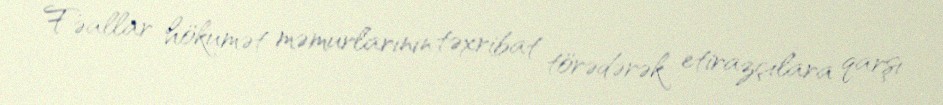
Fəallar hökumət məmurlarının təxribat törədərək etirazçılara qarşı